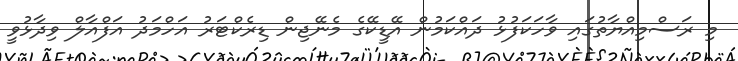
މި ރަސްމިއްޔާތުގައި ވާހަކަފުޅު ދައްކަމުން އޭޑީކޭގެ މެނޭޖިން ޑިރެކްޓަރު އަހްމަދު އަފްއާލް ވިދާޅުވީ